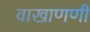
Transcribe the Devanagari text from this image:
वाखाणणी